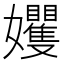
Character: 𡤬